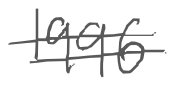
Text: 1996
Cross-out: double-line
Writing tool: digital_gray